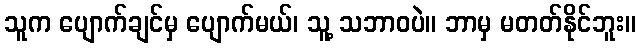
သူက ပျောက်ချင်မှ ပျောက်မယ်၊ သူ့ သဘာဝပဲ။ ဘာမှ မတတ်နိုင်ဘူး။